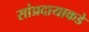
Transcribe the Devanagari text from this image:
सांप्रदायाकडे